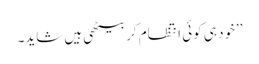
’’خود ہی کوئی انتظام کر بیٹھی ہیں شاید۔